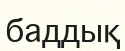
баддық